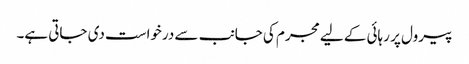
پیرول پر رہائی کے لیے مجرم کی جانب سے درخواست دی جاتی ہے۔